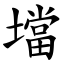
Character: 壋